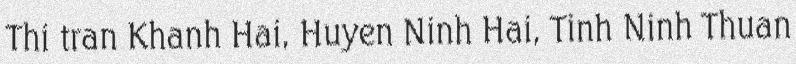
Thi tran Khanh Hai, Huyen Ninh Hai, Tinh Ninh Thuan